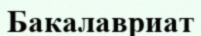
Бакалавриат